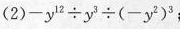
(2) $$- y ^ { 1 2 } \div y ^ { 3 } \div ( - y ^ { 2 } ) ^ { 3 }$$ ；